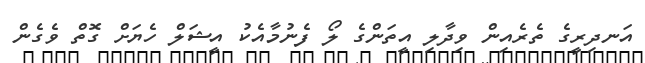
އަނދިރީގެ ތެރެއިން ވިދާލި އީތަންގެ ލޯ ފެނުމާއެކު އީޝަލް ހެޔަށް ގޮތް ވެގެން